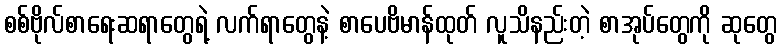
စစ်ဗိုလ်စာရေးဆရာတွေရဲ့ လက်ရာတွေနဲ့ စာပေဗိမာန်ထုတ် လူသိနည်းတဲ့ စာအုပ်တွေကို ဆုတွေ